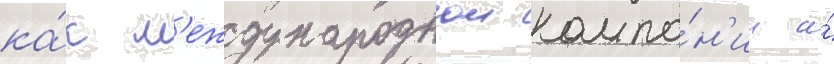
ка́к м'еждународнои компа́н'ии и́